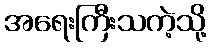
အရေးကြီးသကဲ့သို့